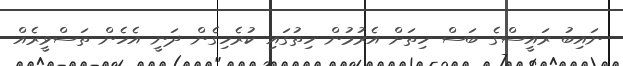
ނައިބު ރައީސްގެ ބަސް ހިތަށް އެރުމުން ހިތުގައި ކުރެހިގެން ދަނީ އެހެން ތަސްވީރެއް